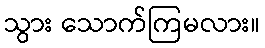
သွား သောက်ကြမလား။